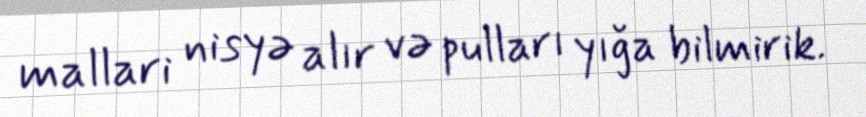
mallari nisyə alır və pulları yığa bilmirik.